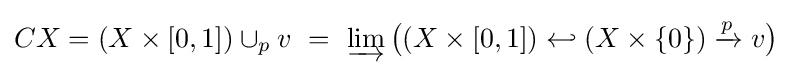
CX=(X\times [0,1])\cup _{p}v\ =\ \varinjlim {\bigl (}(X\times [0,1])\hookleftarrow (X\times \{0\})\xrightarrow {p} v{\bigr )}